65_HS1-834228961_62-HQ-83894_Section_8
Agency: FBI
Page 202
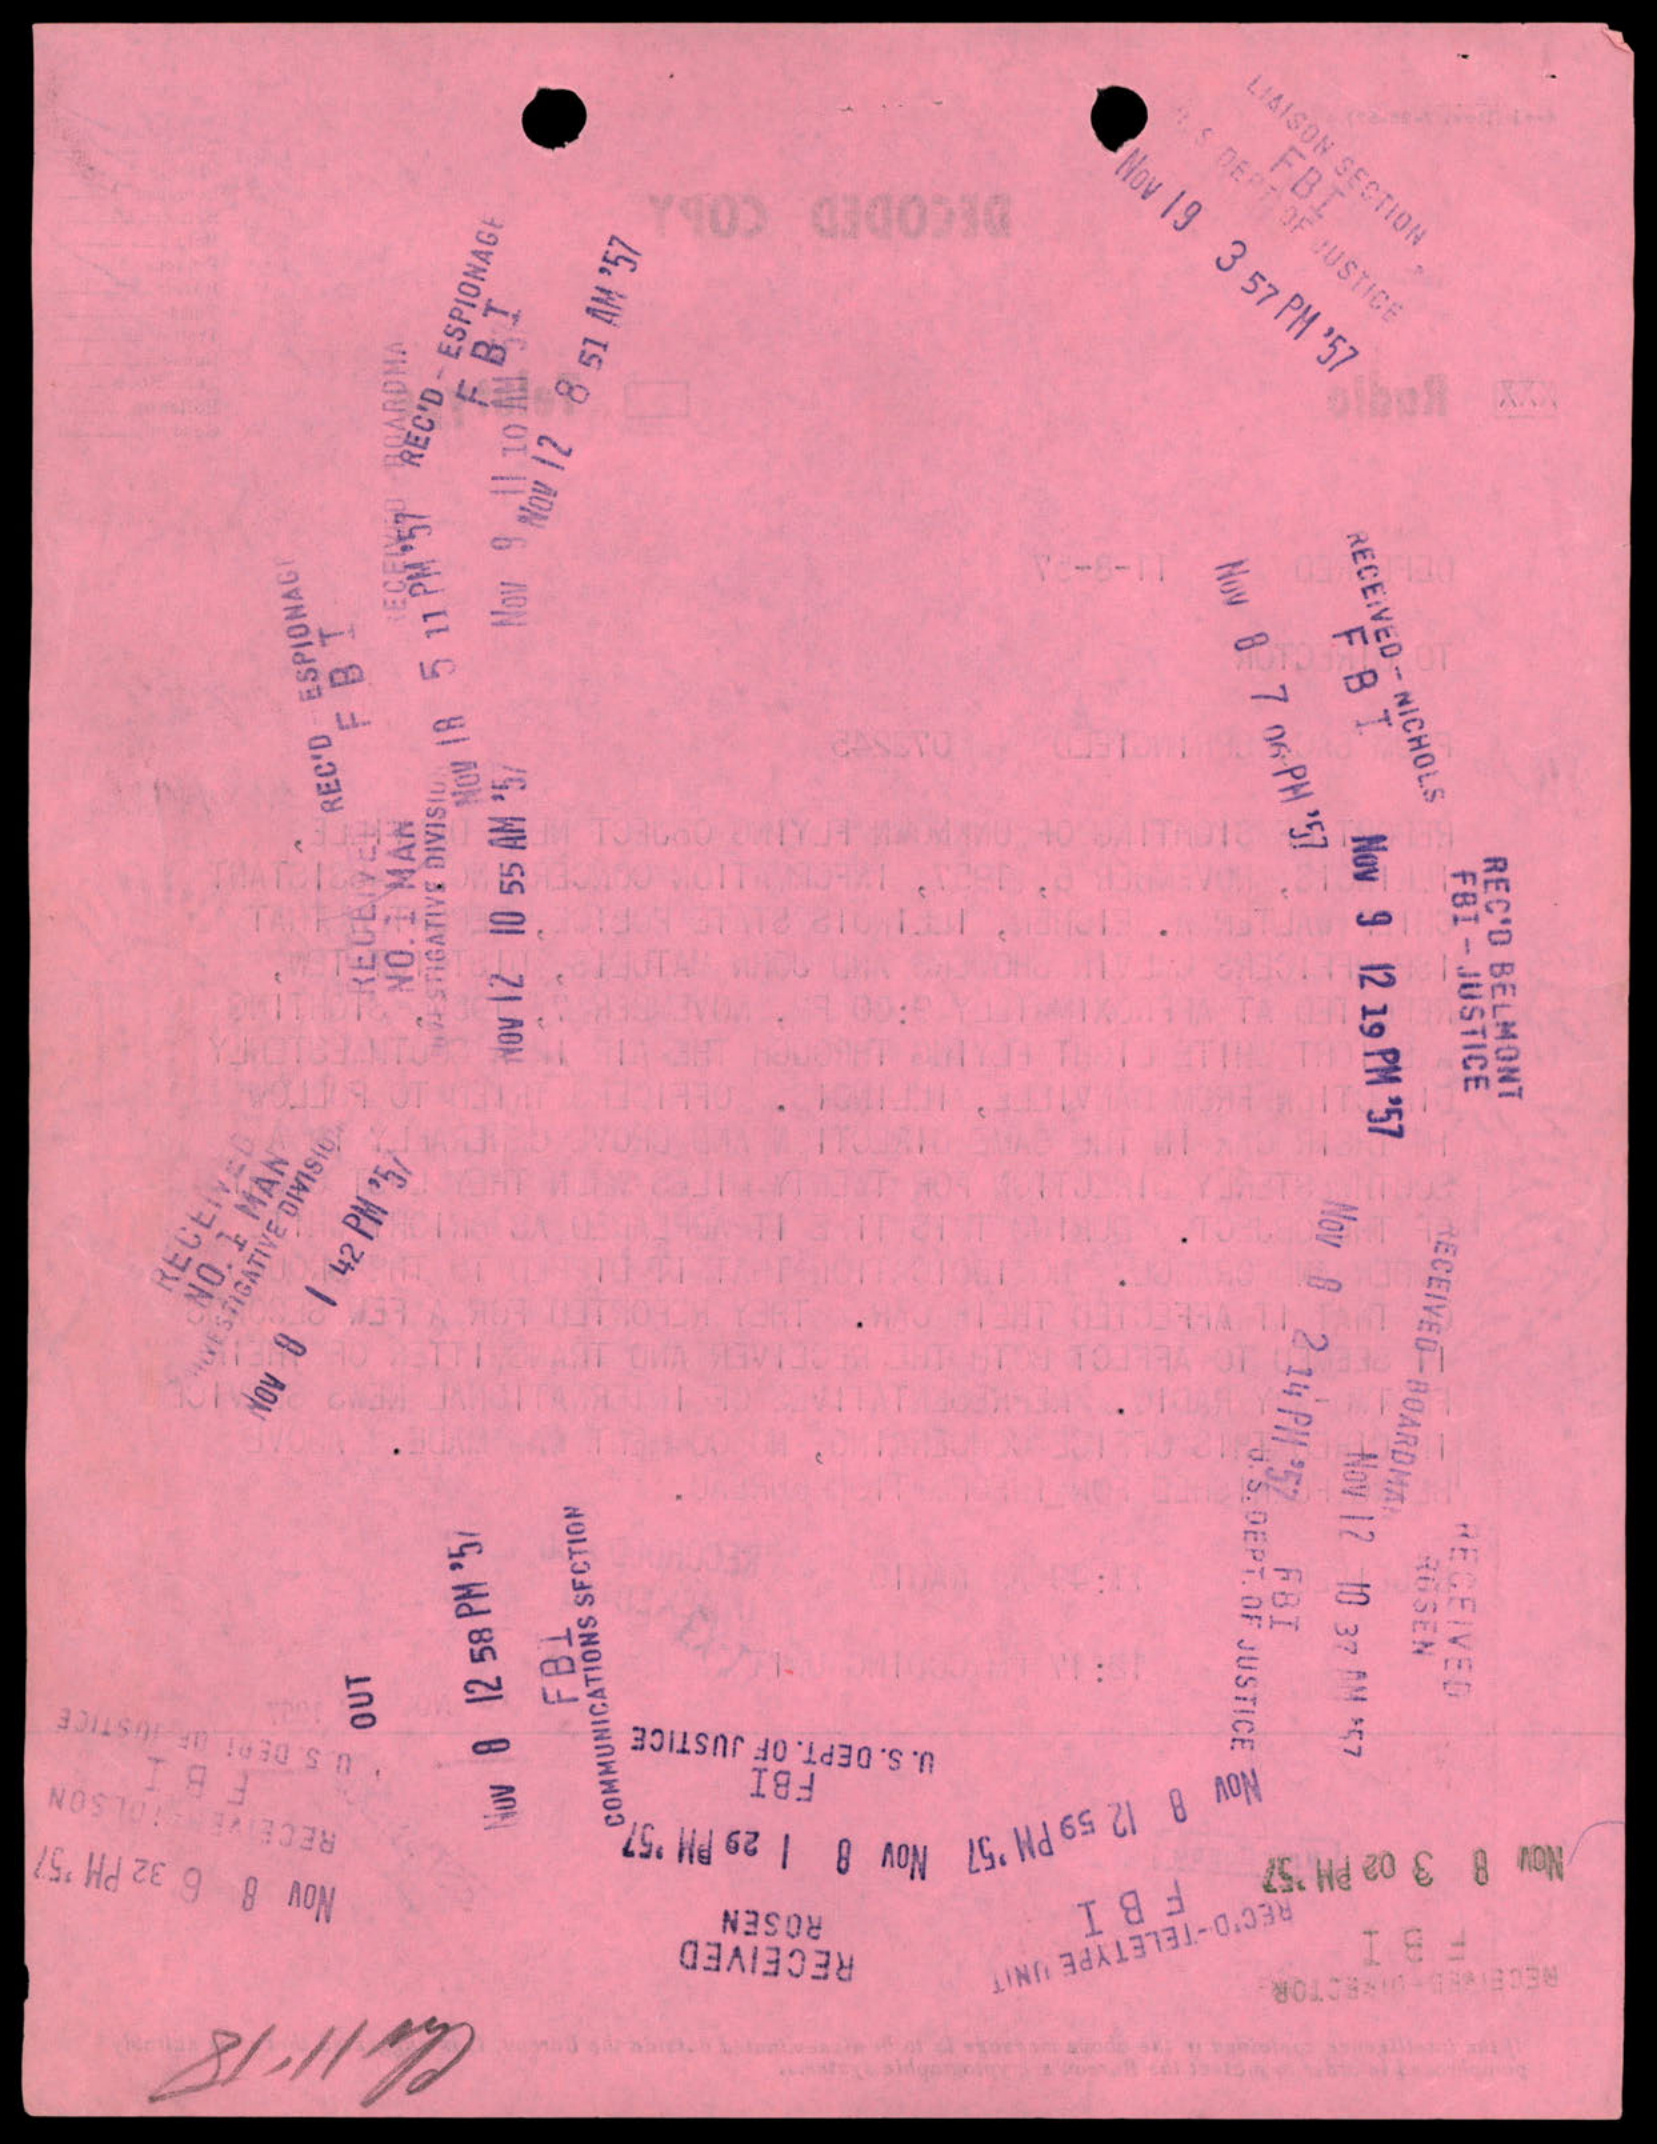